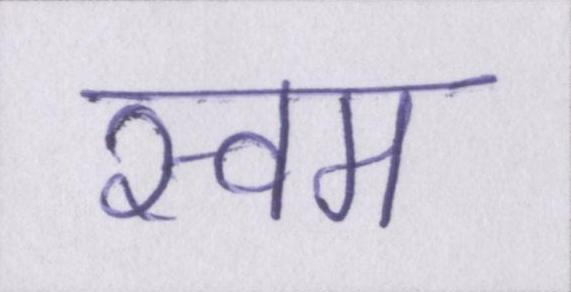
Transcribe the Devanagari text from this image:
स्वम